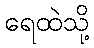
ရေထဲသို့